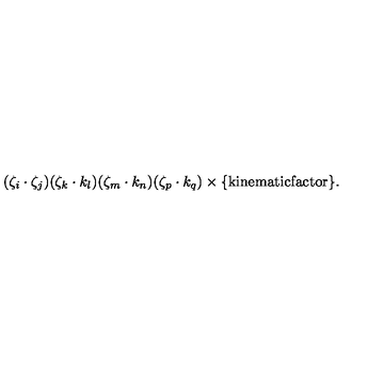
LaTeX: ( \zeta _ { i } \cdot \zeta _ { j } ) ( \zeta _ { k } \cdot k _ { l } ) ( \zeta _ { m } \cdot k _ { n } ) ( \zeta _ { p } \cdot k _ { q } ) \times \{ \mathrm { k i n e m a t i c f a c t o r } \} .